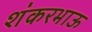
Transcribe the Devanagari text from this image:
शंकरभाऊ